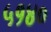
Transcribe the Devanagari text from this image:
५१४०